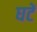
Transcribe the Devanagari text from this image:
घटें